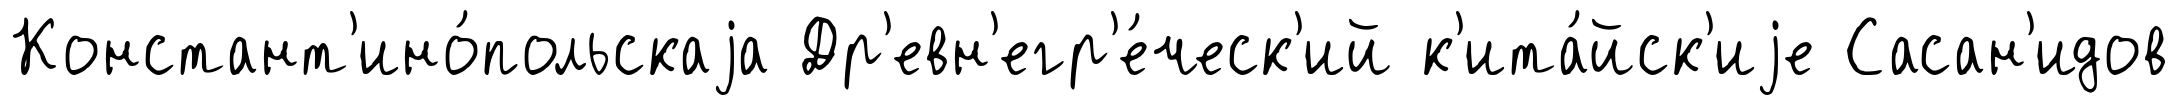
Констант'ино́польскаjа Др'евн'егр'е́ческ'ий к'ита́йск'иjе Сасан'идов